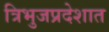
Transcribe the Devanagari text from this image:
त्रिभुजप्रदेशात